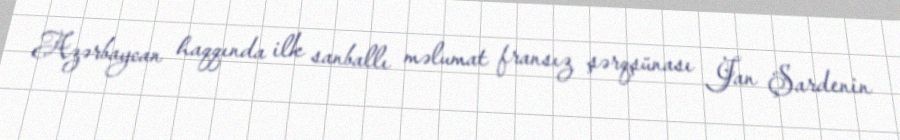
Azərbaycan haqqında ilk sanballı məlumat fransız şərqşünası Jan Şardenin